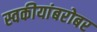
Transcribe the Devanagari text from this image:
स्वकीयांबरोबर